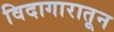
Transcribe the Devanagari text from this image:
विदागारातून